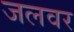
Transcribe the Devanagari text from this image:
जलवर